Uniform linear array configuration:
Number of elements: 24
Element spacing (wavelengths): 1
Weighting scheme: hamming
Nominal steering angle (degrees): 30
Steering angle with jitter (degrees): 30.34
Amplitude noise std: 0.05
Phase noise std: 0.05

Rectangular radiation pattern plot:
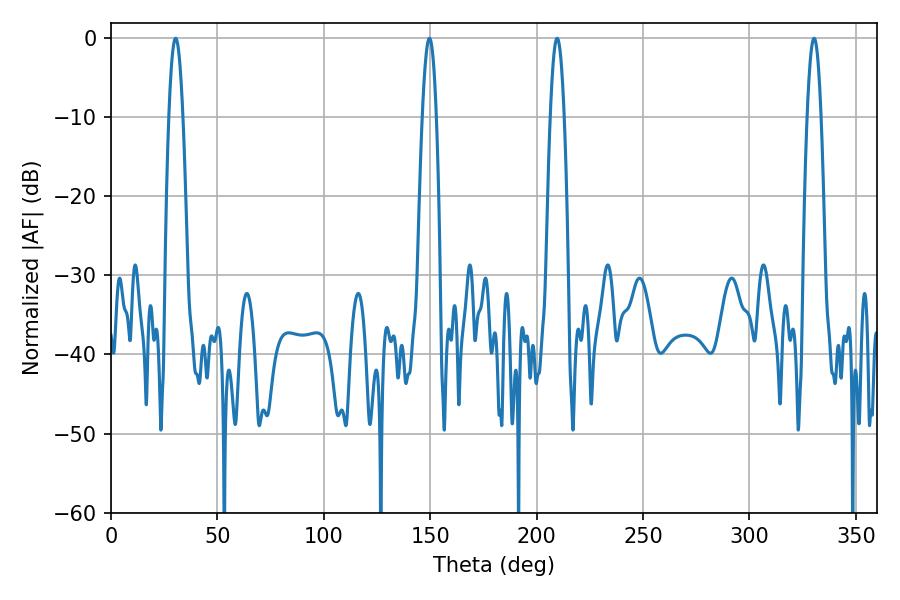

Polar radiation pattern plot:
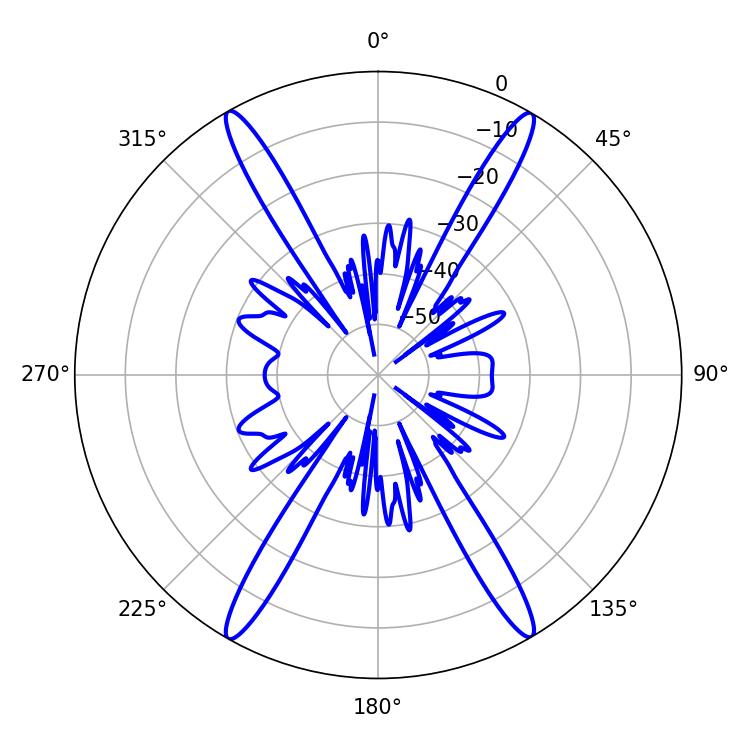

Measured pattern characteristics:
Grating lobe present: TRUE
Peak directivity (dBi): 30.326
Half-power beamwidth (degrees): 3.6
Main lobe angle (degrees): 30.42